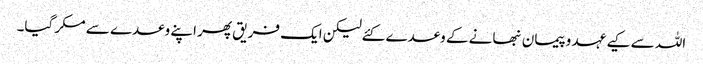
اللہ سے کیے عہد وپیمان نبھانے کے وعدے کئےلیکن ایک فریق پھر اپنے وعدے سے مکر گیا۔